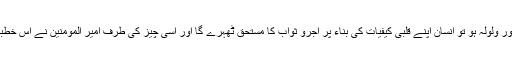
لیکن دل میں ایک تڑپ اور ولولہ ہو تو انسان اپنے قلبی کیفیات کی بناء پر اجرو ثواب کا مستحق ٹھہرے گا اور اسی چیز کی طرف امیر المومنین نے اس خطبہ میں ارشاد فرمایا ہے ۔